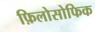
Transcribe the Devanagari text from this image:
फ़िलोसोफिक